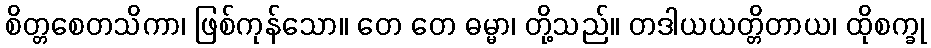
စိတ္တစေတသိကာ၊ ဖြစ်ကုန်သော။ တေ တေ ဓမ္မာ၊ တို့သည်။ တဒါယယတ္တိတာယ၊ ထိုစက္ခု